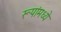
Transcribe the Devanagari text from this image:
रूपांमध्ये